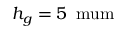
h _ { g } = 5 \, \mathrm { \ m u m }